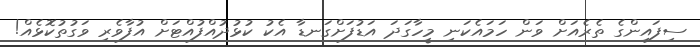
ސިފައިންގެ ތެރެއަށް ވަން ހަމައެކަނި މީހާގަދަ އަޑުފަށްގަނޑާ އެކު ކުޅުދުއްފުއްޓަށް އުފާވެރި ވަގުތުކޮޅެއް!